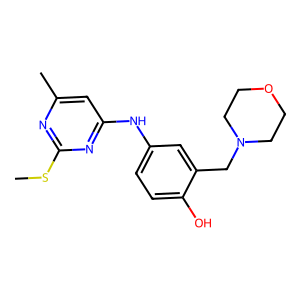
SMILES: CSc1nc(C)cc(Nc2ccc(O)c(CN3CCOCC3)c2)n1
Inhibits HIV replication: No